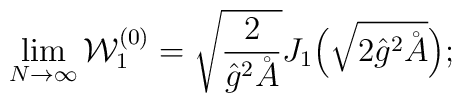
\lim_{N\to \infty} {\cal W}^{(0)}_1=\sqrt{\frac2{\hat{g}^2 \AA}}J_1\Bigl(\sqrt{2\hat{g}^2 \AA}\Bigr);